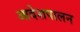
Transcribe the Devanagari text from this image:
आदेशपालन